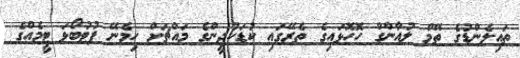
ތައިލެންޑުގެ ތޭމް ލުއާންގް ހޮހޮޅައިގެ ތެރޭގައި ކުޑަކުދީންގެ މައްޗަށް ހިމެނޭ ފުޓުބޯޅަ ޓީމެއްގެ